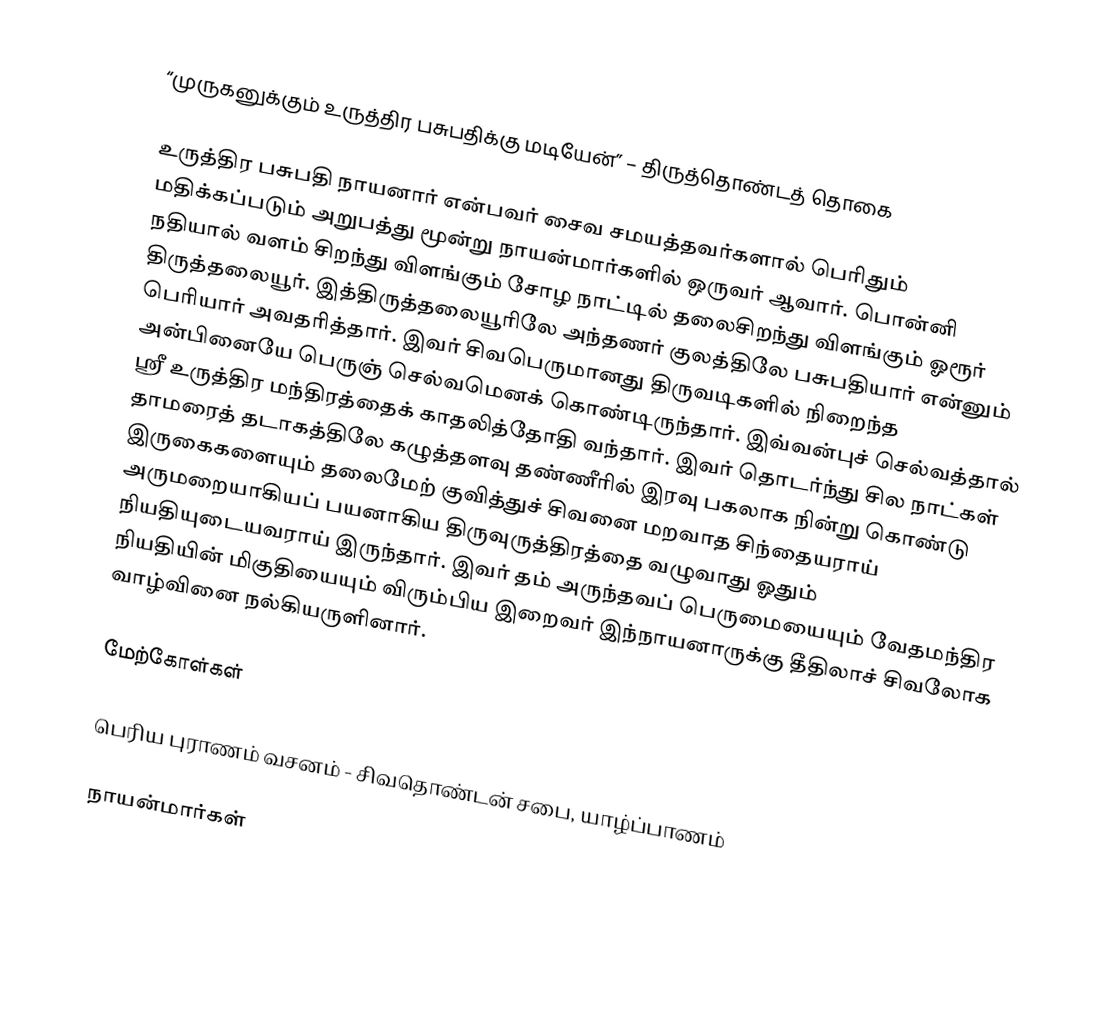
“முருகனுக்கும் உருத்திர பசுபதிக்கு மடியேன்” – திருத்தொண்டத் தொகை

உருத்திர பசுபதி நாயனார் என்பவர் சைவ சமயத்தவர்களால் பெரிதும் மதிக்கப்படும் அறுபத்து மூன்று நாயன்மார்களில் ஒருவர் ஆவார். பொன்னி நதியால் வளம் சிறந்து விளங்கும் சோழ நாட்டில் தலைசிறந்து விளங்கும் ஓரூர் திருத்தலையூர். இத்திருத்தலையூரிலே அந்தணர் குலத்திலே பசுபதியார் என்னும் பெரியார் அவதரித்தார். இவர் சிவபெருமானது திருவடிகளில் நிறைந்த அன்பினையே பெருஞ் செல்வமெனக் கொண்டிருந்தார். இவ்வன்புச் செல்வத்தால் ஸ்ரீ உருத்திர மந்திரத்தைக் காதலித்தோதி வந்தார். இவர் தொடர்ந்து சில நாட்கள் தாமரைத் தடாகத்திலே கழுத்தளவு தண்ணீரில் இரவு பகலாக நின்று கொண்டு இருகைகளையும் தலைமேற் குவித்துச் சிவனை மறவாத சிந்தையராய் அருமறையாகியப் பயனாகிய திருவுருத்திரத்தை வழுவாது ஓதும் நியதியுடையவராய் இருந்தார். இவர் தம் அருந்தவப்  பெருமையையும் வேதமந்திர நியதியின் மிகுதியையும் விரும்பிய இறைவர் இந்நாயனாருக்கு தீதிலாச் சிவலோக வாழ்வினை நல்கியருளினார்.

மேற்கோள்கள்

பெரிய புராணம் வசனம் - சிவதொண்டன் சபை, யாழ்ப்பாணம்

நாயன்மார்கள்